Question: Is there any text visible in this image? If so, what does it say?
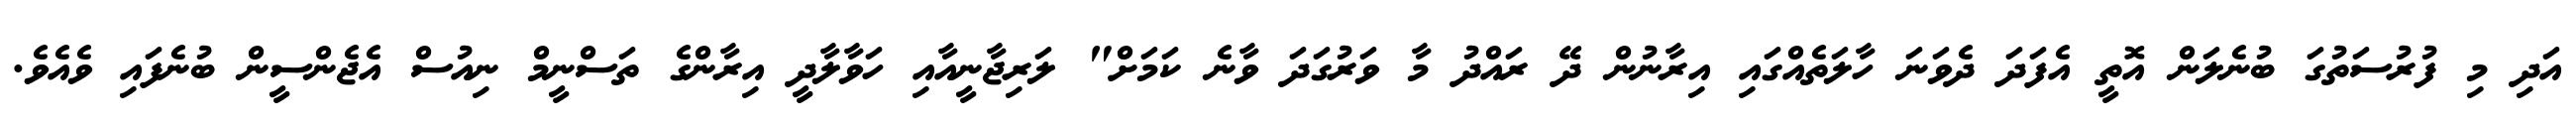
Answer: އަދި މި ފުރުސަތުގަ ބުނެލަން އޮތީ އެފަދަ ދެވަނަ ހާލަތެއްގައި އިރާނުން ދޭ ރައްދު މާ ވަރުގަދަ ވާނެ ކަމަށް" ލަރިޖާނީއާއި ހަވާލާދީ އިރާންގެ ތަސްނީމް ނިއުސް އެޖެންސީން ބުނެފައި ވެއެވެ.